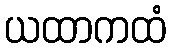
ယထာကထံ